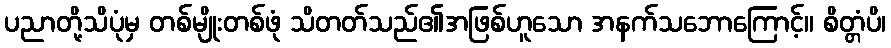
ပညာတို့သိပုံမှ တစ်မျိုးတစ်ဖုံ သိတတ်သည်၏အဖြစ်ဟူသော အနက်သဘောကြောင့်။ စိတ္တံပိ၊